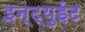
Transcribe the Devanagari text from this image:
इन्ट्युईट